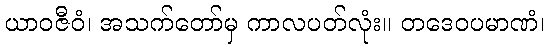
ယာဝဇီဝံ၊ အသက်တော်မှ ကာလပတ်လုံး။ တဒေဝပမာဏံ၊